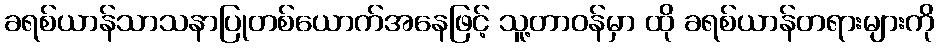
ခရစ်ယာန်သာသနာပြုတစ်ယောက်အနေဖြင့် သူ့တာဝန်မှာ ထို ခရစ်ယာန်တရားများကို